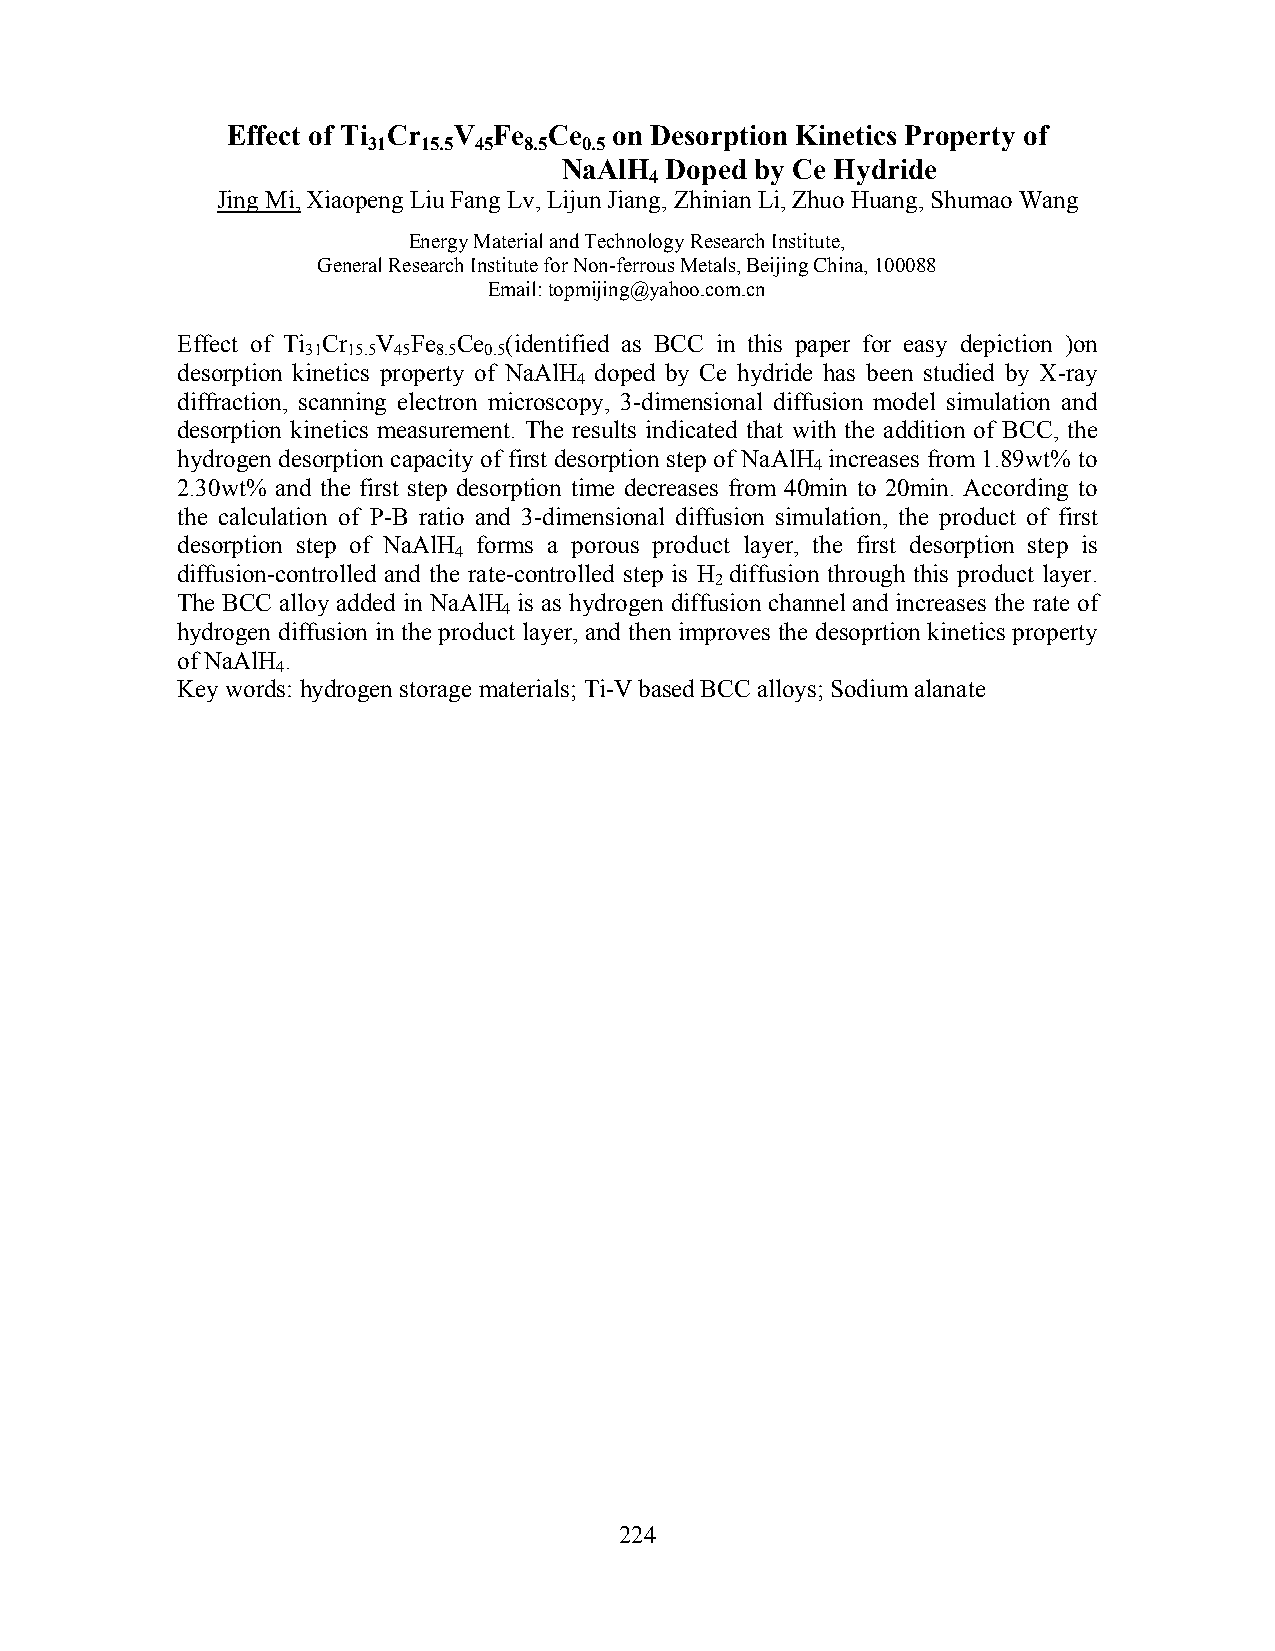
Effect of Ti Cr V Fe Ce   on Desorption Kinetics Property of
 31  15.5 45 8.5 0.5
 NaAlH  Doped by Ce Hydride
 4
 Jing Mi, Xiaopeng Liu Fang Lv, Lijun Jiang, Zhinian Li, Zhuo Huang, Shumao Wang
 Energy Material and Technology Research Institute,
 General Research Institute for Non-ferrous Metals, Beijing China, 100088
 Email: topmijing@yahoo.com.cn
 Effect of Ti Cr V Fe Ce (identified as BCC in this paper for easy depiction )on
 31 15.5 45 8.5 0.5
 desorption kinetics property of NaAlH doped by Ce hydride has been studied by X-ray
 4
 diffraction, scanning electron microscopy, 3-dimensional diffusion model simulation and
 desorption kinetics measurement. The results indicated that with the addition of BCC, the
 hydrogen desorption capacity of first desorption step of NaAlH increases from 1.89wt% to
 4
 2.30wt% and the first step desorption time decreases from 40min to 20min. According to
 the calculation of P-B ratio and 3-dimensional diffusion simulation, the product of first
 desorption step of NaAlH forms a porous product layer, the first desorption step is
 4
 diffusion-controlled and the rate-controlled step is H diffusion through this product layer.
 2
 The BCC alloy added in NaAlH is as hydrogen diffusion channel and increases the rate of
 4
 hydrogen diffusion in the product layer, and then improves the desoprtion kinetics property
 of NaAlH .
 4
 Key words: hydrogen storage materials; Ti-V based BCC alloys; Sodium alanate
 224